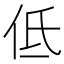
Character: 低